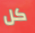
كل